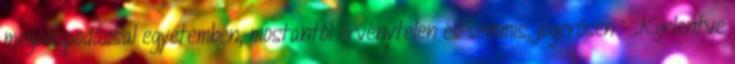
megállapodással egyetemben, mostantól érvénytelen és semmis, jogerősen ” „Kijelentve